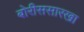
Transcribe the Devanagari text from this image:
बोरीससारखा